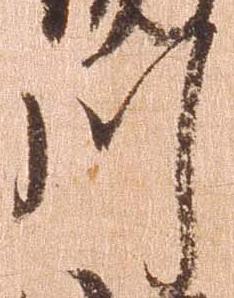
川